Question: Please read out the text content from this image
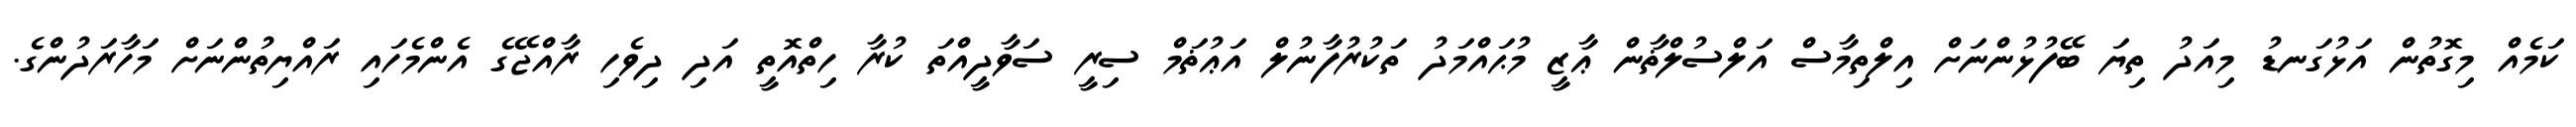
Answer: ކަމެއް މިގޮތުން އަޅުގަނޑު މިއަދު ތިޔަ ބޭފުޅުންނަށް އިލްތިމާސް އަލްސުލްޡާން ޢާޒީ މުޙައްމަދު ތަކުރުފާނުލް އަޢުޡަމް ސިރީ ސަވާދީއްތަ ކުރާ ހިތްއޮތީ އަދި ދިވެހި ރާއްޖޭގެ އެންމެހައި ރައްޔިތުންނަށް މަހާރަދުންގެ.